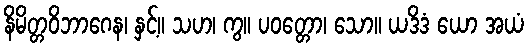
နိမိတ္တဝိဘာဂေန၊ နှင့်။ သဟ၊ ကွ။ ပဝတ္တော၊ သော။ ယဒိဒံ ယော အယံ